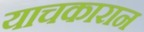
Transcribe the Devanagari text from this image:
याचकारान